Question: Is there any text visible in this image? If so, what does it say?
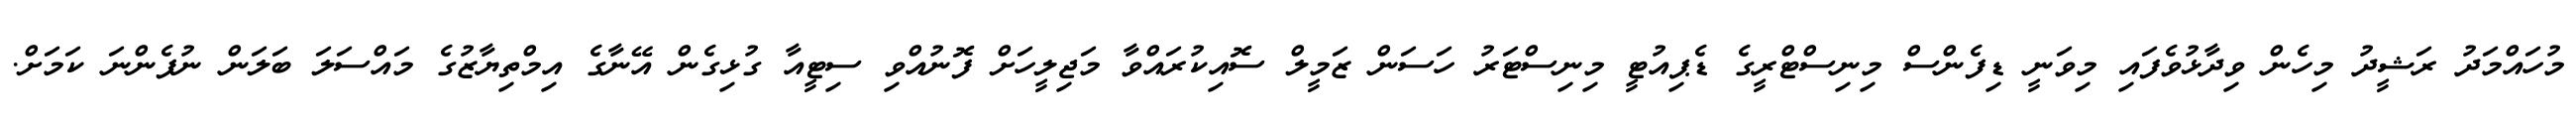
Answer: މުހައްމަދު ރަޝީދު މިހެން ވިދާޅުވެފައި މިވަނީ ޑިފެންސް މިނިސްޓްރީގެ ޑެޕިއުޓީ މިނިސްޓަރު ހަސަން ޒަމީލް ސޮއިކުރައްވާ މަޖިލީހަށް ފޮނުއްވި ސިޓީއާ ގުޅިގެން އޭނާގެ އިމްތިޔާޒުގެ މައްސަލަ ބަލަން ނުފެންނަ ކަމަށް.